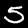
Digit: 5